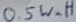
Text: 0.5Watt